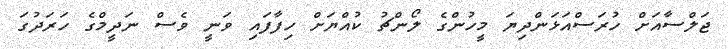
ޖަލްސާއަށް ހުރަސްއަޅަންދިޔަ މީހުންގެ ލޯންޗު ކުއްޔަށް ހިފާފައި ވަނީ ވެސް ނަދީމްގެ ހަރަދުގަ